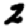
Digit: 2